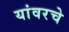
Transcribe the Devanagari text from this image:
यांवरचे